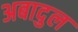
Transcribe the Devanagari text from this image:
अबादुल